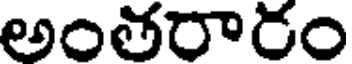
అంతరారం